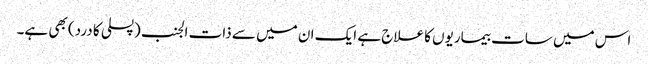
اس میں سات بیماریوں کا علاج ہے ایک ان میں سے ذات الجنب (پسلی کا درد) بھی ہے۔